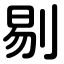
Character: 剔